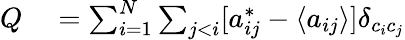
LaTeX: \begin{array}{rl}{Q}&{{}=\sum_{i=1}^{N}\sum_{j<i}[a_{ij}^{*}-\langle a_{ij}\rangle]\delta_{c_{i}c_{j}}}\end{array}